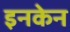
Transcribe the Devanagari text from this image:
इनकेन